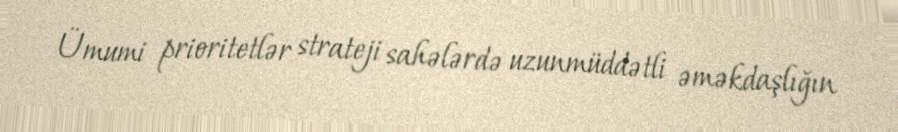
Ümumi prioritetlər strateji sahələrdə uzunmüddətli əməkdaşlığın